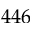
4 4 6